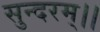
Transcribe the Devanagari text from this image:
सुन्दरम्।।